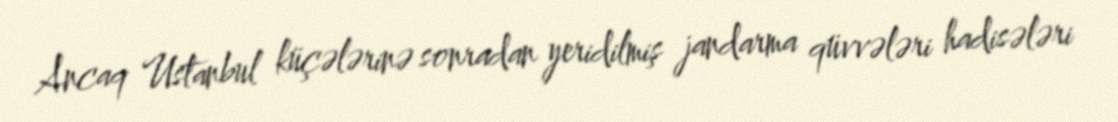
Ancaq Ustanbul küçələrinə sonradan yeridilmiş jandarma qüvvələri hadisələri